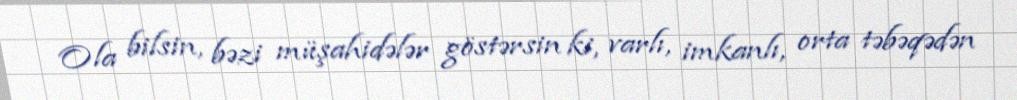
Ola bilsin, bəzi müşahidələr göstərsin ki, varlı, imkanlı, orta təbəqədən